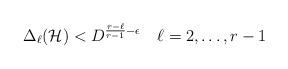
LaTeX: \begin{align*} \Delta_\ell( {\mathcal H} ) < D^{ \frac{r-\ell}{r-1} - \epsilon} \ \ \ \ell = 2, \dots, r-1 \end{align*}